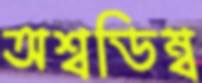
অশ্বডিম্ব